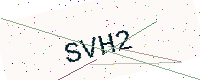
Text: SVH2